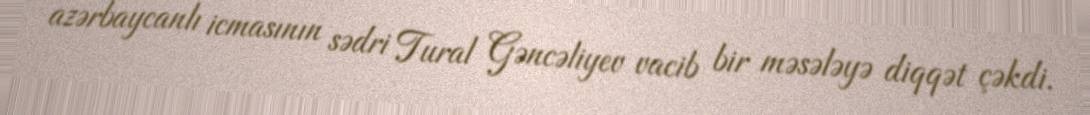
azərbaycanlı icmasının sədri Tural Gəncəliyev vacib bir məsələyə diqqət çəkdi.